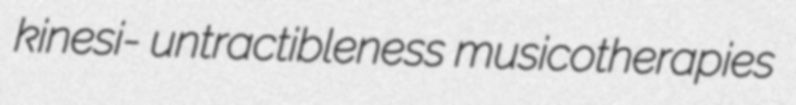
kinesi- untractibleness musicotherapies